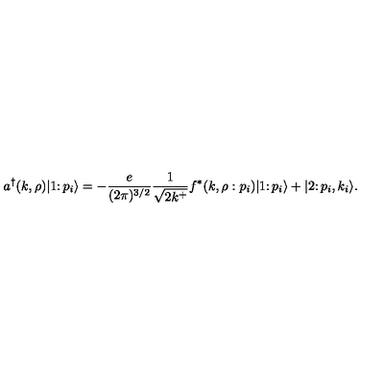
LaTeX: a ^ { \dagger } ( k , \rho ) \vert 1 \colon p _ { i } \rangle = - { \frac { e } { ( 2 \pi ) ^ { 3 / 2 } } } { \frac { 1 } { \sqrt { 2 k ^ { + } } } } f ^ { * } ( k , \rho : p _ { i } ) \vert 1 \colon p _ { i } \rangle + \vert 2 \colon p _ { i } , k _ { i } \rangle .